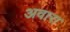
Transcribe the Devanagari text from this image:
अवारा